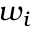
w _ { i }